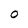
Character: O